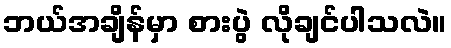
ဘယ်အချိန်မှာ စားပွဲ လိုချင်ပါသလဲ။